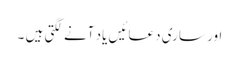
اور ساری دعائیں یاد آنے لگتی ہیں ۔